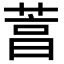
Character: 𦴒